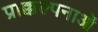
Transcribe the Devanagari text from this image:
प्राक्कल्पनाओं